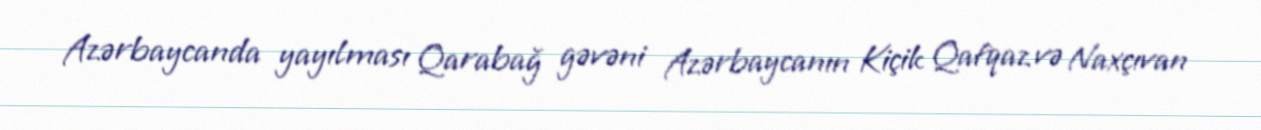
Azərbaycanda yayılması Qarabağ gəvəni Azərbaycanın Kiçik Qafqaz və Naxçıvan